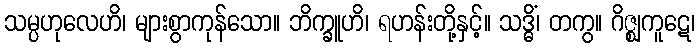
သမ္ပဟုလေဟိ၊ များစွာကုန်သော။ ဘိက္ခူဟိ၊ ရဟန်းတို့နှင့်။ သဒ္ဓိံ၊ တကွ။ ဂိဇ္ဈကူဋေ၊